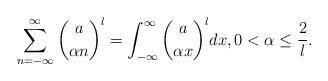
LaTeX: \begin{align*}\sum_{n=-\infty}^\infty \binom{a}{\alpha n}^l=\int_{-\infty}^\infty \binom{a}{\alpha x}^ldx,0<\alpha\le \frac{2}{l}.\end{align*}